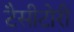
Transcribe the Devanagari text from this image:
टैसीटोरी